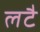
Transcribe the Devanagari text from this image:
लटै